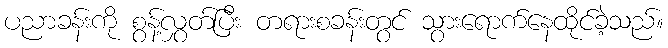
ပညာခန်းကို စွန့်လွှတ်ပြီး တရားစခန်းတွင် သွားရောက်နေထိုင်ခဲ့သည်။